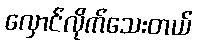
လှောင်လိုက်သေးတယ်